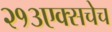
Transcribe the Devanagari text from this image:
२१३एक्सचेच